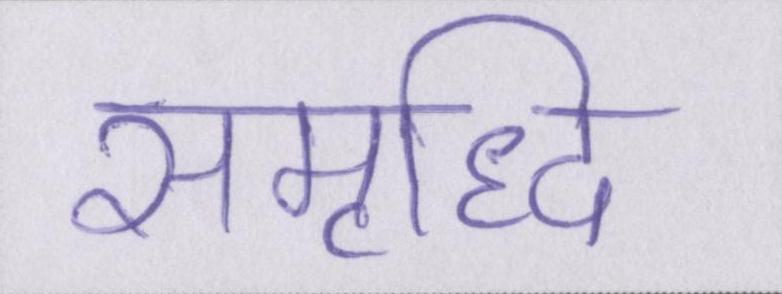
समृध्दि